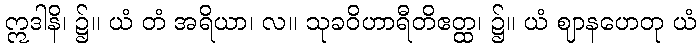
ဣဒါနိ၊ ၌။ ယံ တံ အရိယာ၊ လ။ သုခဝိဟာရီတိဧတ္ထ၊ ၌။ ယံ ဈာနဟေတု ယံ